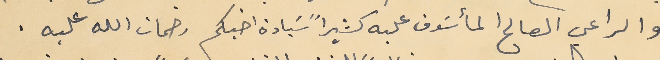
والراعي الصالح المأسَوف عليه كثيراً سَيادة اخيكم رحمات الله عليه.